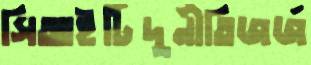
সিআইটিদুর্নীতিজর্জ